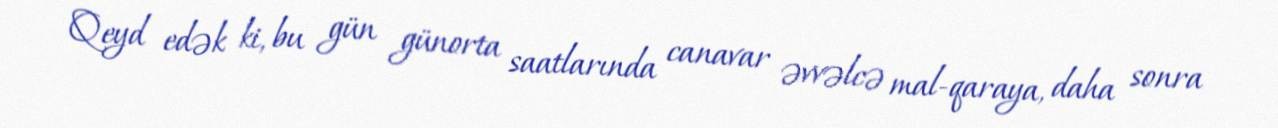
Qeyd edək ki, bu gün günorta saatlarında canavar əvvəlcə mal-qaraya, daha sonra